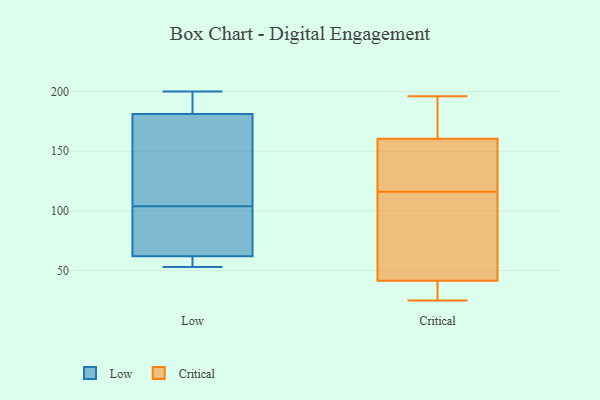
{"axis": {"x": "Energy Usage (MWh)", "y": "Value"}, "legend": ["Critical", "Low"], "data": [{"x": "", "y": 104, "type": "Low"}, {"x": "", "y": 153, "type": "Low"}, {"x": "", "y": 55, "type": "Low"}, {"x": "", "y": 173, "type": "Low"}, {"x": "", "y": 200, "type": "Low"}, {"x": "", "y": 194, "type": "Low"}, {"x": "", "y": 102, "type": "Low"}, {"x": "", "y": 184, "type": "Low"}, {"x": "", "y": 53, "type": "Low"}, {"x": "", "y": 80, "type": "Low"}, {"x": "", "y": 56, "type": "Low"}, {"x": "", "y": 189, "type": "Critical"}, {"x": "", "y": 40, "type": "Critical"}, {"x": "", "y": 117, "type": "Critical"}, {"x": "", "y": 83, "type": "Critical"}, {"x": "", "y": 45, "type": "Critical"}, {"x": "", "y": 31, "type": "Critical"}, {"x": "", "y": 131, "type": "Critical"}, {"x": "", "y": 164, "type": "Critical"}, {"x": "", "y": 40, "type": "Critical"}, {"x": "", "y": 149, "type": "Critical"}, {"x": "", "y": 115, "type": "Critical"}, {"x": "", "y": 196, "type": "Critical"}, {"x": "", "y": 127, "type": "Critical"}, {"x": "", "y": 97, "type": "Critical"}, {"x": "", "y": 173, "type": "Critical"}, {"x": "", "y": 157, "type": "Critical"}, {"x": "", "y": 187, "type": "Critical"}, {"x": "", "y": 25, "type": "Critical"}, {"x": "", "y": 43, "type": "Critical"}, {"x": "", "y": 32, "type": "Critical"}]}